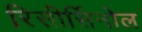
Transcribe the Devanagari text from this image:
रिसीर्सिनोल